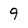
Character: 9